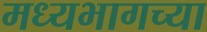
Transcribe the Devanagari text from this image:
मध्‍यभागच्या